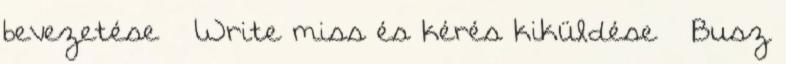
bevezetése – Write miss és kérés kiküldése – Busz